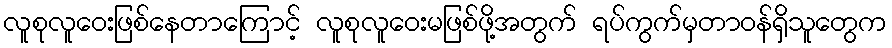
လူစုလူဝေးဖြစ်နေတာကြောင့် လူစုလူဝေးမဖြစ်ဖို့အတွက် ရပ်ကွက်မှတာဝန်ရှိသူတွေက